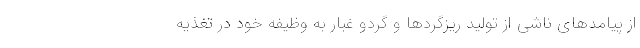
از پیامدهای ناشی از تولید ریزگردها و گردو غبار به وظیفه خود در تغذیه